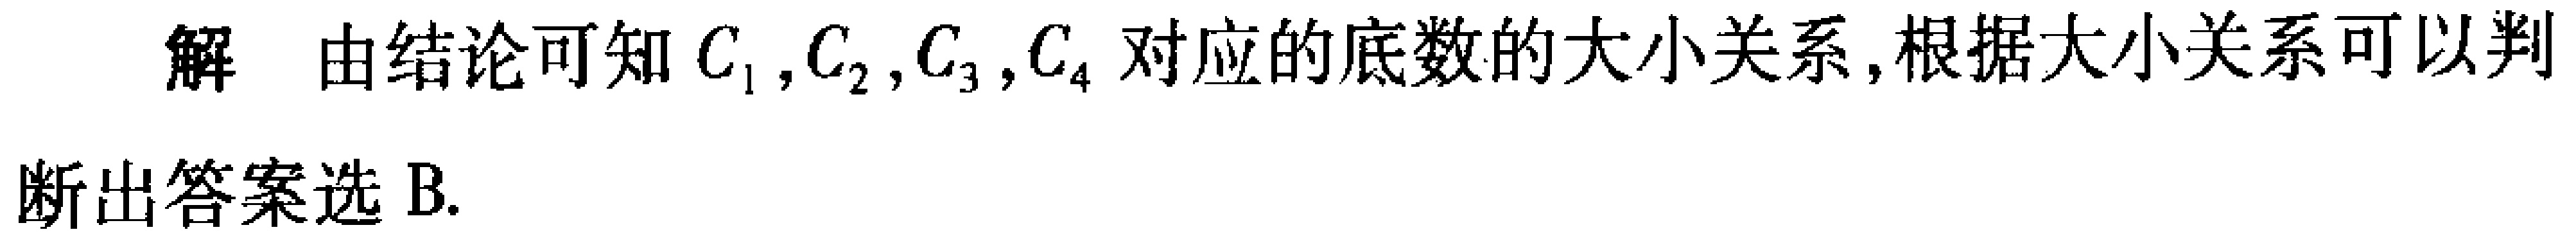
解 由结论可知\(C_{1},C_{2},C_{3},C_{4}\)对应的底数的大小关系,根据大小关系可以判

断出答案选B.